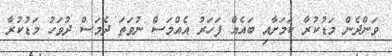
ވަންދެން މަޑުކުރާ ކަމަށާއި ބައެއް ފަހަރު އެއްމަސް ނުވަތަ ދެމަސް ދުވަހު މަޑުކުރާ